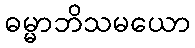
ဓမ္မာဘိသမယော